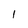
Character: l